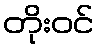
တိုးဝင်